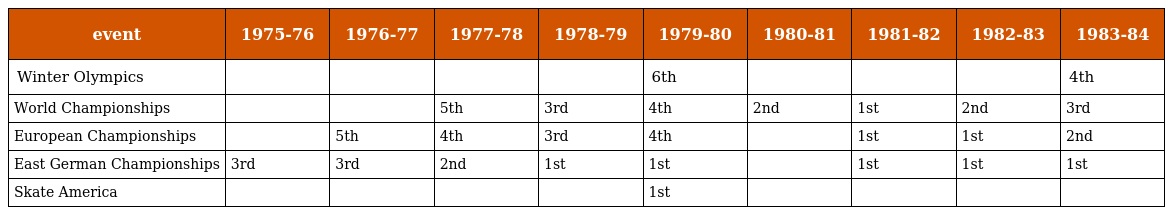
| event | 1975-76 | 1976-77 | 1977-78 | 1978-79 | 1979-80 | 1980-81 | 1981-82 | 1982-83 | 1983-84 |
 | --- | --- | --- | --- | --- | --- | --- | --- | --- | --- |
 | Winter Olympics |  |  |  |  | 6th |  |  |  | 4th |
 | World Championships |  |  | 5th | 3rd | 4th | 2nd | 1st | 2nd | 3rd |
 | European Championships |  | 5th | 4th | 3rd | 4th |  | 1st | 1st | 2nd |
 | East German Championships | 3rd | 3rd | 2nd | 1st | 1st |  | 1st | 1st | 1st |
 | Skate America |  |  |  |  | 1st |  |  |  |  |